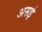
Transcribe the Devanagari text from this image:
असई